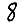
Digit: 8